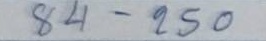
84 - 250